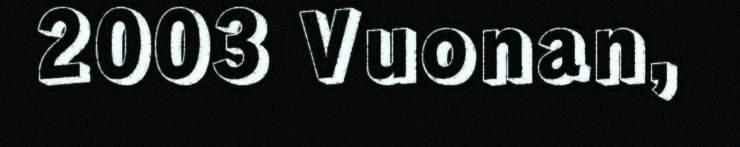
2003 Vuonan,